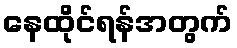
နေထိုင်ရန်အတွက်